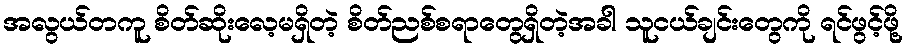
အလွယ်တကူ စိတ်ဆိုးလေ့မရှိတဲ့ စိတ်ညစ်စရာတွေရှိတဲ့အခါ သူငယ်ချင်းတွေကို ရင်ဖွင့်ဖို့